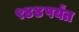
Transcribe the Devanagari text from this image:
९४४पर्यंत